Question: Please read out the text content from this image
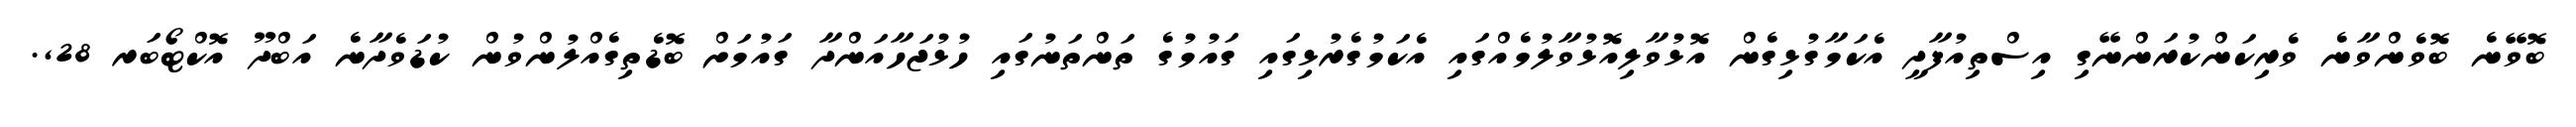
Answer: ބޮވޭނެ ބޮވެންވާނެ ވެރިކަންކުރަންނޭގި އިސްތިއުފާދީ އެކަމާގުޅިގެން އޮޅުވާލިއޮޅުވާލުމެއްގައި އެކަމުގެރުޅިގައި ގައުމުގެ ތަންތަނުގައި ހުޅުޖަހާއަންދާ ގައުމަށް ބޮޑެތިގެއްލުންވުން ކުޑަވެދާނެ އަބްދޫ އޮކްޓޯބަރ 28,.